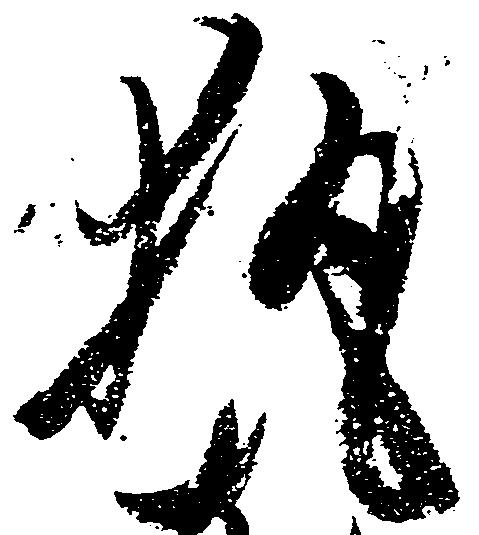
執